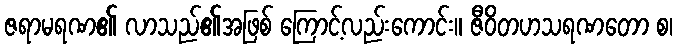
ဇရာမရဏ၏ လာသည်၏အဖြစ် ကြောင့်လည်းကောင်း။ ဇီဝိတဟသရဏတော စ၊